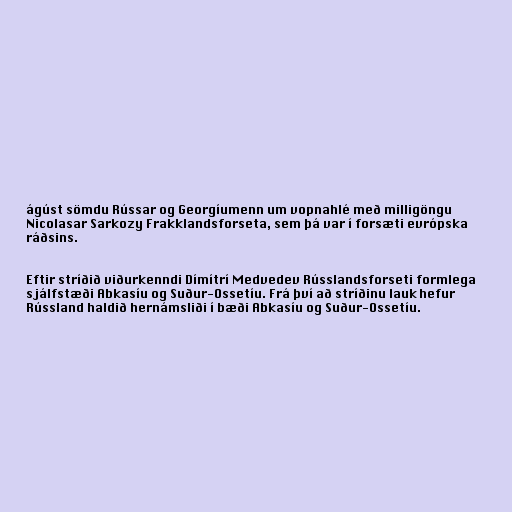
ágúst sömdu Rússar og Georgíumenn um vopnahlé með milligöngu
Nicolasar Sarkozy Frakklandsforseta, sem þá var í forsæti evrópska
ráðsins.

Eftir stríðið viðurkenndi Dímítrí Medvedev Rússlandsforseti formlega
sjálfstæði Abkasíu og Suður-Ossetíu. Frá því að stríðinu lauk hefur
Rússland haldið hernámsliði í bæði Abkasíu og Suður-Ossetíu.